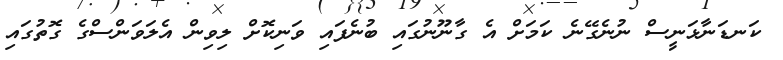
ކަނޑަނާޅަނީސް ނުނެގޭނެ ކަމަށް އެ ގާނޫނުގައި ބުނެފައި ވަނިކޮށް ލިވިން އެލަވަންސްގެ ގޮތުގައި